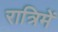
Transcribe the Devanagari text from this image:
रात्रिमें